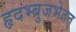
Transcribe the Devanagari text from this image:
हृदभ्बुजभेतत्